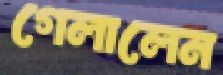
গেলালেন